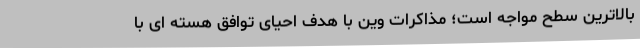
بالاترین سطح مواجه است؛ مذاکرات وین با هدف احیای توافق هسته ای با